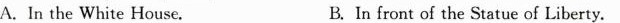
A.In the White House. B.In front of the Statue of Liberty.